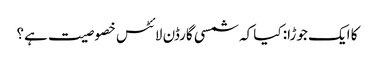
کا ایک جوڑا: کیا کہ شمسی گارڈن لائٹس خصوصیت ہے؟